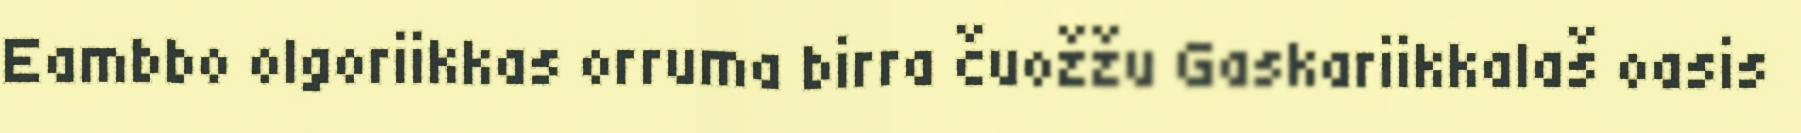
Eambbo olgoriikkas orruma birra čuožžu Gaskariikkalaš oasis